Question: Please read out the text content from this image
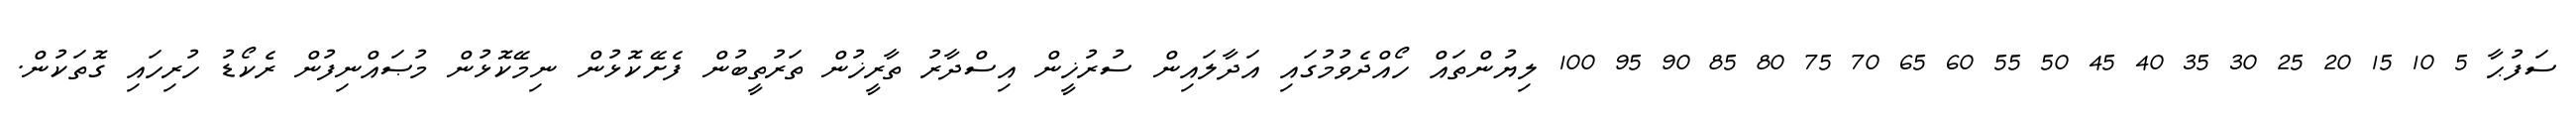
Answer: ސަފުޙާ 5 10 15 20 25 30 35 40 45 50 55 60 65 70 75 80 85 90 95 100 ލިޔުންތައް ހޯއްދެވުމުގައި އަދާލައިން ސުރުޚީން އިސްދާރު ތާރީޚުން ތަރުތީބުން ފެށޭކޮޅުން ނިމޭކޮޅުން މުޞައްނިފުން ރެކޯޑު ހުރިހައި ގޮތަކުން.